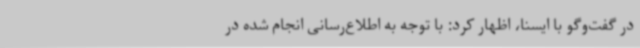
در گفت‌وگو با ایسنا، اظهار کرد: با توجه به اطلاع‌رسانی انجام شده در